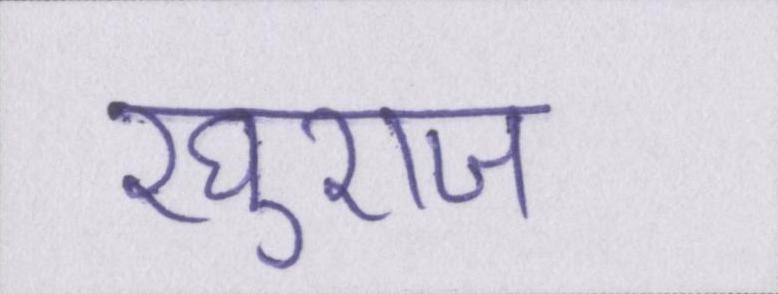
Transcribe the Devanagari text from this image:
रघुराज